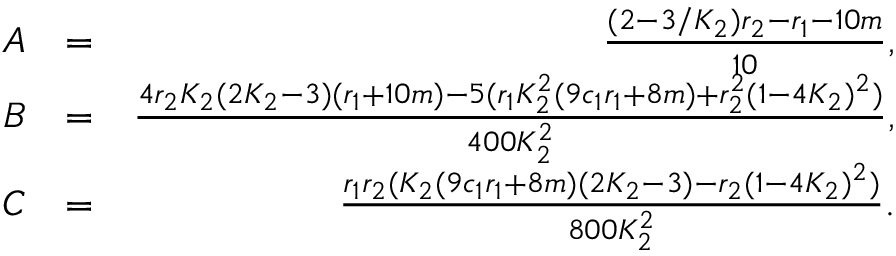
\begin{array} { r l r } { A } & { = } & { \frac { ( 2 - 3 / K _ { 2 } ) r _ { 2 } - r _ { 1 } - 1 0 m } { 1 0 } , } \\ { B } & { = } & { \frac { 4 r _ { 2 } K _ { 2 } ( 2 K _ { 2 } - 3 ) ( r _ { 1 } + 1 0 m ) - 5 ( r _ { 1 } K _ { 2 } ^ { 2 } ( 9 c _ { 1 } r _ { 1 } + 8 m ) + r _ { 2 } ^ { 2 } ( 1 - 4 K _ { 2 } ) ^ { 2 } ) } { 4 0 0 K _ { 2 } ^ { 2 } } , } \\ { C } & { = } & { \frac { r _ { 1 } r _ { 2 } ( K _ { 2 } ( 9 c _ { 1 } r _ { 1 } + 8 m ) ( 2 K _ { 2 } - 3 ) - r _ { 2 } ( 1 - 4 K _ { 2 } ) ^ { 2 } ) } { 8 0 0 K _ { 2 } ^ { 2 } } . } \end{array}